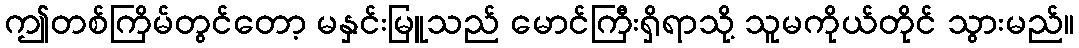
ဤတစ်ကြိမ်တွင်တော့ မနှင်းမြူသည် မောင်ကြီးရှိရာသို့ သူမကိုယ်တိုင် သွားမည်။